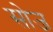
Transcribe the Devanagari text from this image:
सोज